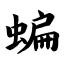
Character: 蝙